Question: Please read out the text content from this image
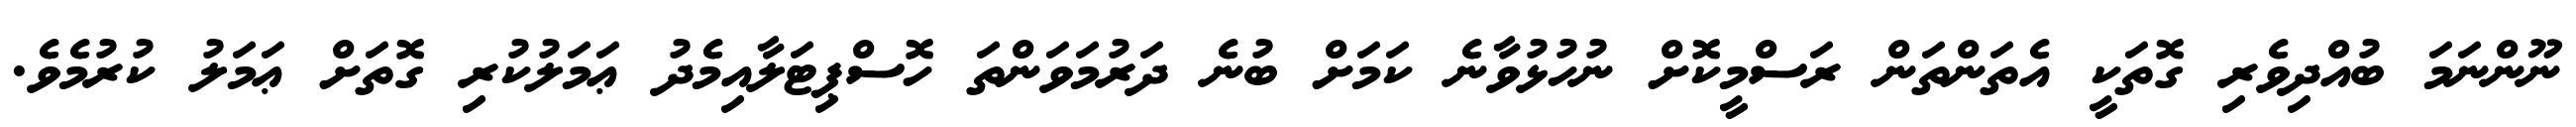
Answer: ނޫންނަމަ ބުއްދިވެރި ގޮތަކީ އެތަންތަން ރަސްމީކޮށް ނުހުޅުވާނެ ކަމަށް ބުނެ ދަރުމަވަންތަ ހޮސްޕިޓަލާއިމެދު ޢަމަލުކުރި ގޮތަށް ޢަމަލު ކުރުމެވެ.